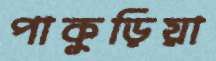
পাকুড়িয়া